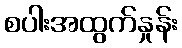
စပါးအထွက်နှုန်း